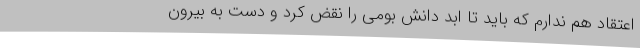
اعتقاد هم ندارم که باید تا ابد دانش بومی را نقض کرد و دست به بیرون